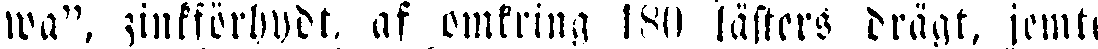
wa", zinkförbudt af omkring 180 lästers drägt, jemte